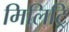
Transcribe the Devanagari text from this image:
मिलिट्रि